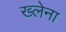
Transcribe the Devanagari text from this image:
ख्लेना